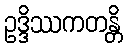
ဥဒ္ဒိဿကတန္တိ